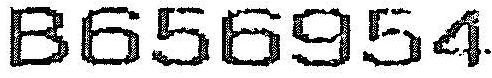
B656954